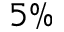
5 \%